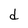
Character: d